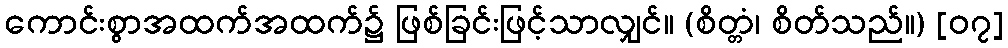
ကောင်းစွာအထက်အထက်၌ ဖြစ်ခြင်းဖြင့်သာလျှင်။ (စိတ္တံ၊ စိတ်သည်။) [၀၇]